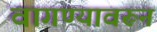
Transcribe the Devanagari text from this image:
वागण्यावरून